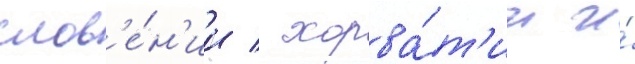
слов'е́н'ии / хорва́т'ии и́